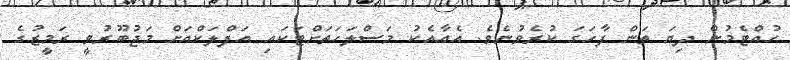
ހުއްޓެމުން ދިޔަ ތަން ފާހަގަ ކުރެވުނެވެ. އެއާއެކު މަސްލަހަތަށްޓަކައި އަފްލަކްއަށް މަޖުބޫރުވީ ރަމީޒުގެ